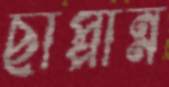
ছাপ্পান্ন